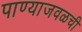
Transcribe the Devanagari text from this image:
पाण्याजवळची